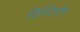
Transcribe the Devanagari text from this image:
विस्टियोन